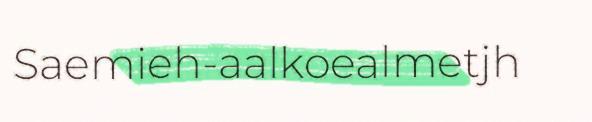
Saemieh-aalkoealmetjh